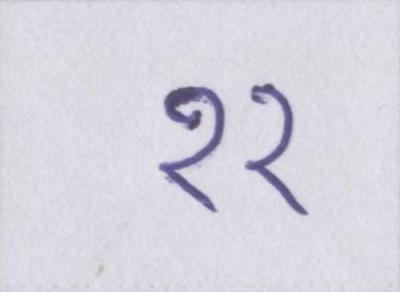
११